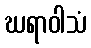
ဃရာဝါသံ